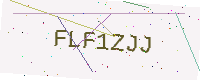
Text: FLF1ZJJ